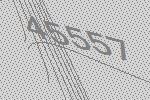
45557